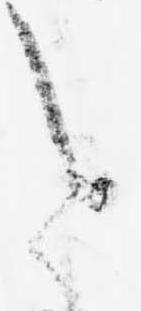
進